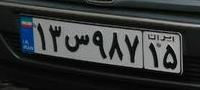
۱۳س۹۸۷۱۵